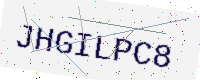
Text: JHGILPC8